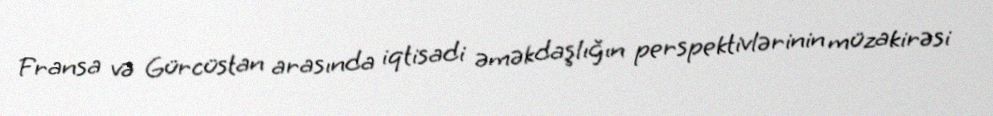
Fransa və Gürcüstan arasında iqtisadi əməkdaşlığın perspektivlərinin müzakirəsi